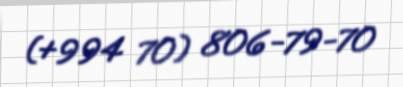
(+994 70) 806-79-70